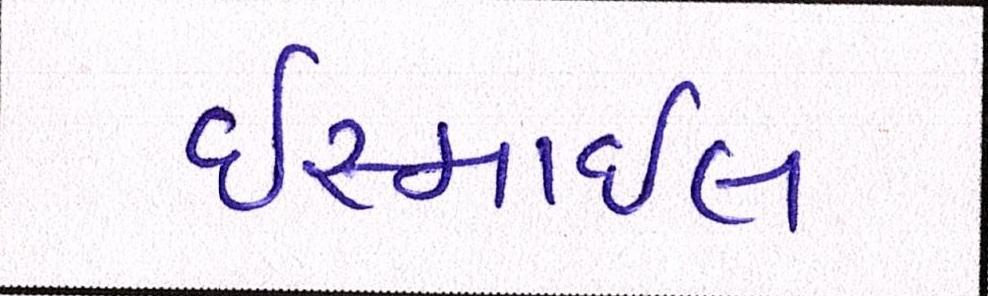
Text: ઈસ્માઈલ